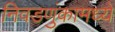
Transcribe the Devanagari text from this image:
निवडणुंकामध्ये